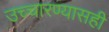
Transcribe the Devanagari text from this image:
उच्चारण्यासही